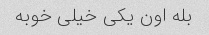
بله اون یکی خیلی خوبه